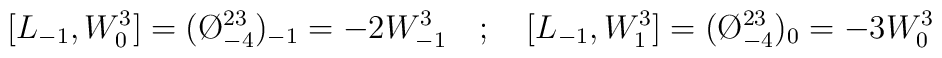
[L_{-1},W^{3}_{0}]=(\O ^{23}_{-4})_{-1}=-2W^{3}_{-1}\quad ;\quad [L_{-1},W^{3}_{1}]=(\O ^{23}_{-4})_{0}=-3W^{3}_{0}